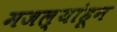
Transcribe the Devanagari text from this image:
मजल्यांहून